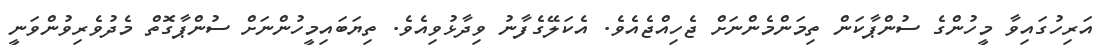
އަރިހުގައިވާ މީހުންގެ ސުންޕާކަން ތިމަންމެންނަށް ޖެހިއްޖެއެވެ. އެކަލޭގެފާނު ވިދާޅުވިއެވެ. ތިޔަބައިމީހުންނަށް ސުންޕާގޮތް މެދުވެރިވުންވަނީ